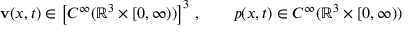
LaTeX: \mathbf { v } ( x , t ) \in \left[ C ^ { \infty } ( \mathbb { R } ^ { 3 } \times [ 0 , \infty ) ) \right] ^ { 3 } \, , \qquad p ( x , t ) \in C ^ { \infty } ( \mathbb { R } ^ { 3 } \times [ 0 , \infty ) )